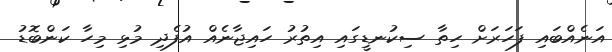
އަނެއްބައި ފަހަރަށް ހިތާ ސިކުނޑީގައި އިތުރު ހައިޖާނެއް އުފެދި މުޅި މިހާ ކަންބޮޑު